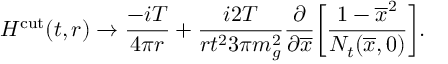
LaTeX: H ^ { \mathrm { c u t } } ( t , r ) \to { \frac { - i T } { 4 \pi r } } + { \frac { i 2 T } { r t ^ { 2 } 3 \pi m _ { g } ^ { 2 } } } { \frac { \partial } { \partial \overline { { { x } } } } } \bigg [ { \frac { 1 - \overline { { { x } } } ^ { 2 } } { N _ { t } ( \overline { { { x } } } , 0 ) } } \bigg ] .